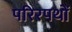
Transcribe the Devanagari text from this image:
परिरपथों